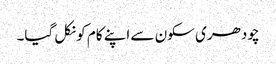
چودھری سکون سے اپنے کام کو نکل گیا۔